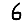
Digit: 6